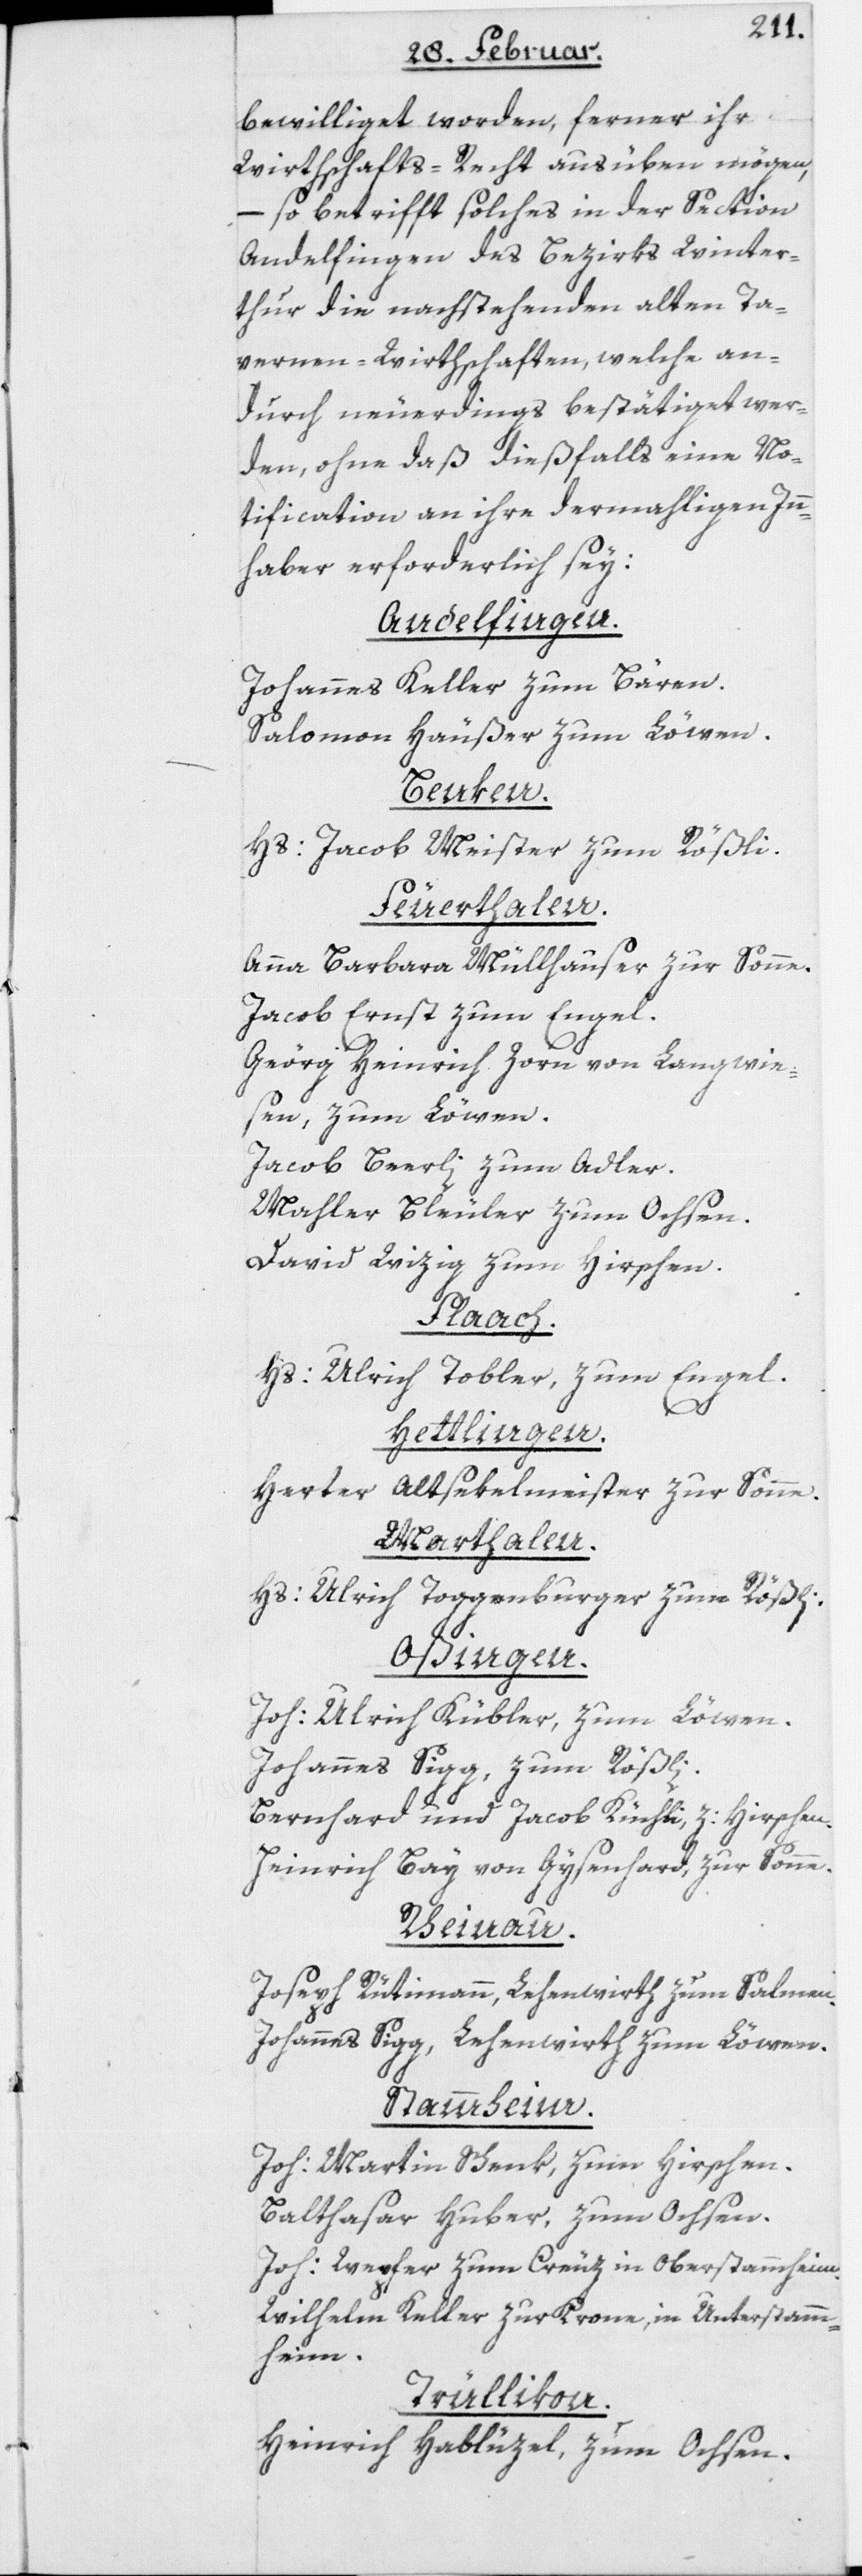
bewilliget worden, ferner ihr
Wirthschafts-Recht ausüben mögen,
– so betrifft solches in der Section
Andelfingen des Bezirks Winter¬
thur die nachstehenden alten Ta¬
vernen-Wirthschaften, welche an¬
durch neuderdings bestätiget wer¬
den, ohne daß dießfalls eine No¬
tification an ihre dermahligen Inn¬
haber erforderlich sey:
Andelfingen.
Johannes Keller zum Bären.
Salomon Häußer zum Löwen.
Benken.
Hs: Jacob Meister zum Rößli.
Feuerthalen.
Anna Barbara Müllhauser zur Sonne.
Jacob Ernst zum Engel.
Geörg Heinrich Zorn von Langwie¬
sen, zum Löwen.
Jacob Beerli zum Adler.
Maler Bleuler zum Ochsen.
David Witzig zum Hirschen.
Flaach.
Hs: Ulrich Tobler zum Engel.
Hettlingen.
Herter Altsekelmeister zur Sonne.
Marthalen.
Hs: Ulrich Toggenburger zum Rößli.
Oßingen.
Joh: Ulrich Kübler, zum Löwen.
Johannes Sigg zum Rößli.
Bernhard und Jacob Küchli, z: Hirschen.
Heinrich Bay von Gysenhard, zur Sonne.
Rheinau.
Joseph Rütimann, Lehenwirth zum Salmen.
Johannes Sigg, Lehenwirth zum Löwen.
Stammheim.
Joh: Martin Schenk, zum Hirschen.
Balthasar Huber, zum Ochsen.
Joh: Wepfer zum Creuz in Oberstammheim.
Wilhelm Keller zur Krone, in Unterstamm¬
heim.
Trüllikon.
Heinrich Hablüzel, zum Ochsen.